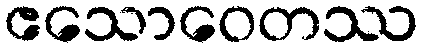
ဧသောဝေတဿ